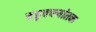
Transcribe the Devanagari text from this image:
बहुवचनांतक